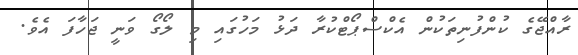
ރާއްޖޭގެ ކުންފުނިތަކުން އެކްސްޕޯޓްކުރާ ދަޅު މަހުގައި މި ލޯގޯ ވަނީ ޖަހާފަ އެވެ.